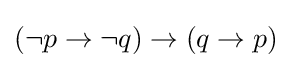
(\neg p\rightarrow \neg q)\rightarrow (q\rightarrow p)